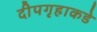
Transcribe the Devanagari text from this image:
दीपगृहाकडे